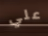
علي